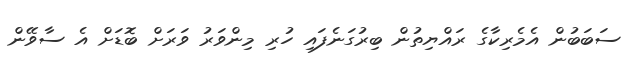
ސަބަބުން އެމެރިކާގެ ރައްޔިތުން ބިރުގަނެފައި ހުރި މިންވަރު ވަރަށް ބޮޑަށް އެ ސާވޭން